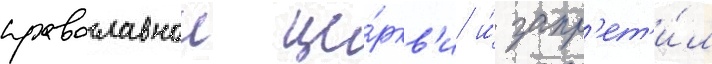
православнои це́ркв'и и́ запр'ет'и́л